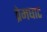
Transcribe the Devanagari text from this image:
प्रेमघाट